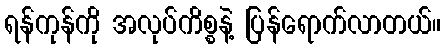
ရန်ကုန်ကို အလုပ်ကိစ္စနဲ့ ပြန်ရောက်လာတယ်။